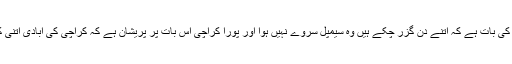
آج بڑے افسوس کی بات ہے کہ اتنے دن گزر چکے ہیں وہ سیمپل سروے نہیں ہوا اور پورا کراچی اس بات پر پریشان ہے کہ کراچی کی آبادی اتنی کم کیسے ہوگئی۔